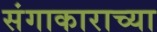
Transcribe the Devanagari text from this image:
संगाकाराच्या